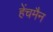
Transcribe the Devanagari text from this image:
हेंचमैन